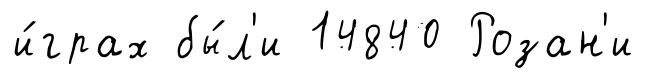
и́грах бы́л'и 14840 Розан'и